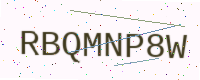
Text: RBQMNP8W